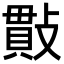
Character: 𢿒